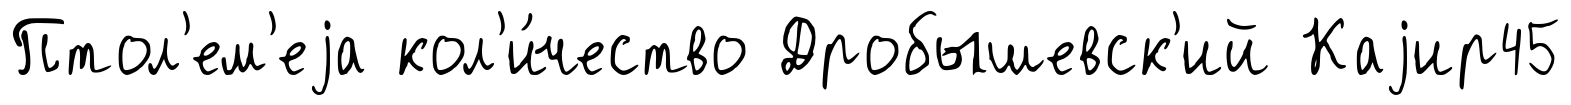
Птол'ем'еjа кол'и́чество Дробышевск'ий Каjир45